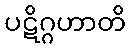
ပဋိဂ္ဂဟာတိ